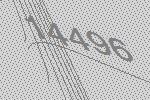
14496